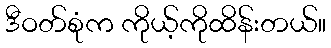
ဒီဝတ်စုံက ကိုယ့်ကိုထိန်းတယ်။